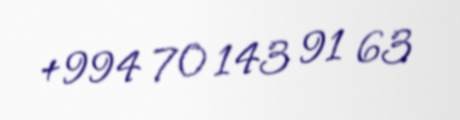
+994 70 143 91 63